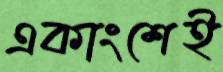
একাংশেই